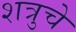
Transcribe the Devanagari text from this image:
शत्रुचे